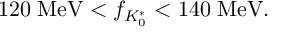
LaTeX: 1 2 0 \; \mathrm { M e V } < f _ { K _ { 0 } ^ { * } } < 1 4 0 \; \mathrm { M e V } .